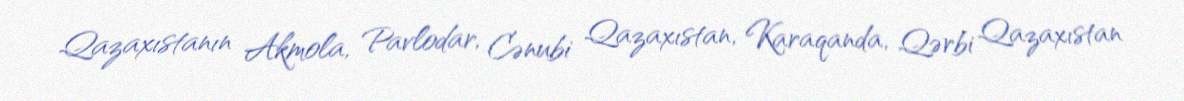
Qazaxıstanın Akmola, Pavlodar, Cənubi Qazaxıstan, Karaqanda, Qərbi Qazaxıstan